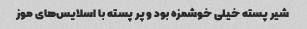
شیر پسته خیلی خوشمزه بود و پر پسته با اسلایس‌های موز